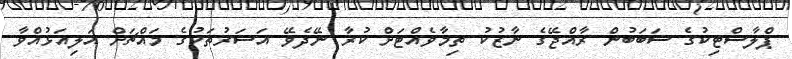
ޕްލާސްޓިކުގެ ސަބަބުން ރާއްޖޭގެ ނާޒުކު ތިމާވެއްޓަށް ކުރާ ނޭދެވޭ އަސަރުތަކުގެ މައްޗަށް އަލިއަޅުއްވާ